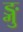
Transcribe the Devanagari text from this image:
ङ्गु